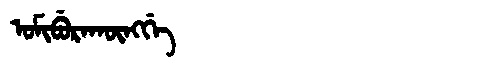
Manchu: ᠣᠮᡳᠪᡠᡵᠠᡴᡡᠩᡤᡝ
Romanization: OMIBURAKŪNGGE